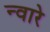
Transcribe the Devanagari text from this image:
न्वारे